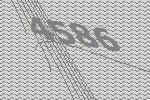
4586